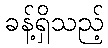
ခန့်ရှိသည့်